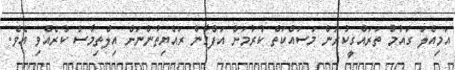
އަމިއްލަ ގައުމު ތަރައްގީކުރަން މަސައްކަތް ކުރުމަށް އަފްގާން ރައްޔިތުންނަށް އިލްތިމާސް ކުރެއްވި އެވެ.